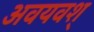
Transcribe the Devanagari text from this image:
अवयवश्